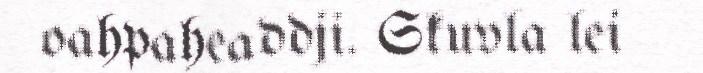
oahpaheaddji. Skuvla lei